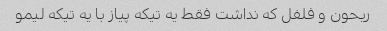
ریحون و فلفل که نداشت فقط یه تیکه پیاز با یه تیکه لیمو